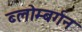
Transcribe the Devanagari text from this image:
ब्लोम्बर्गन